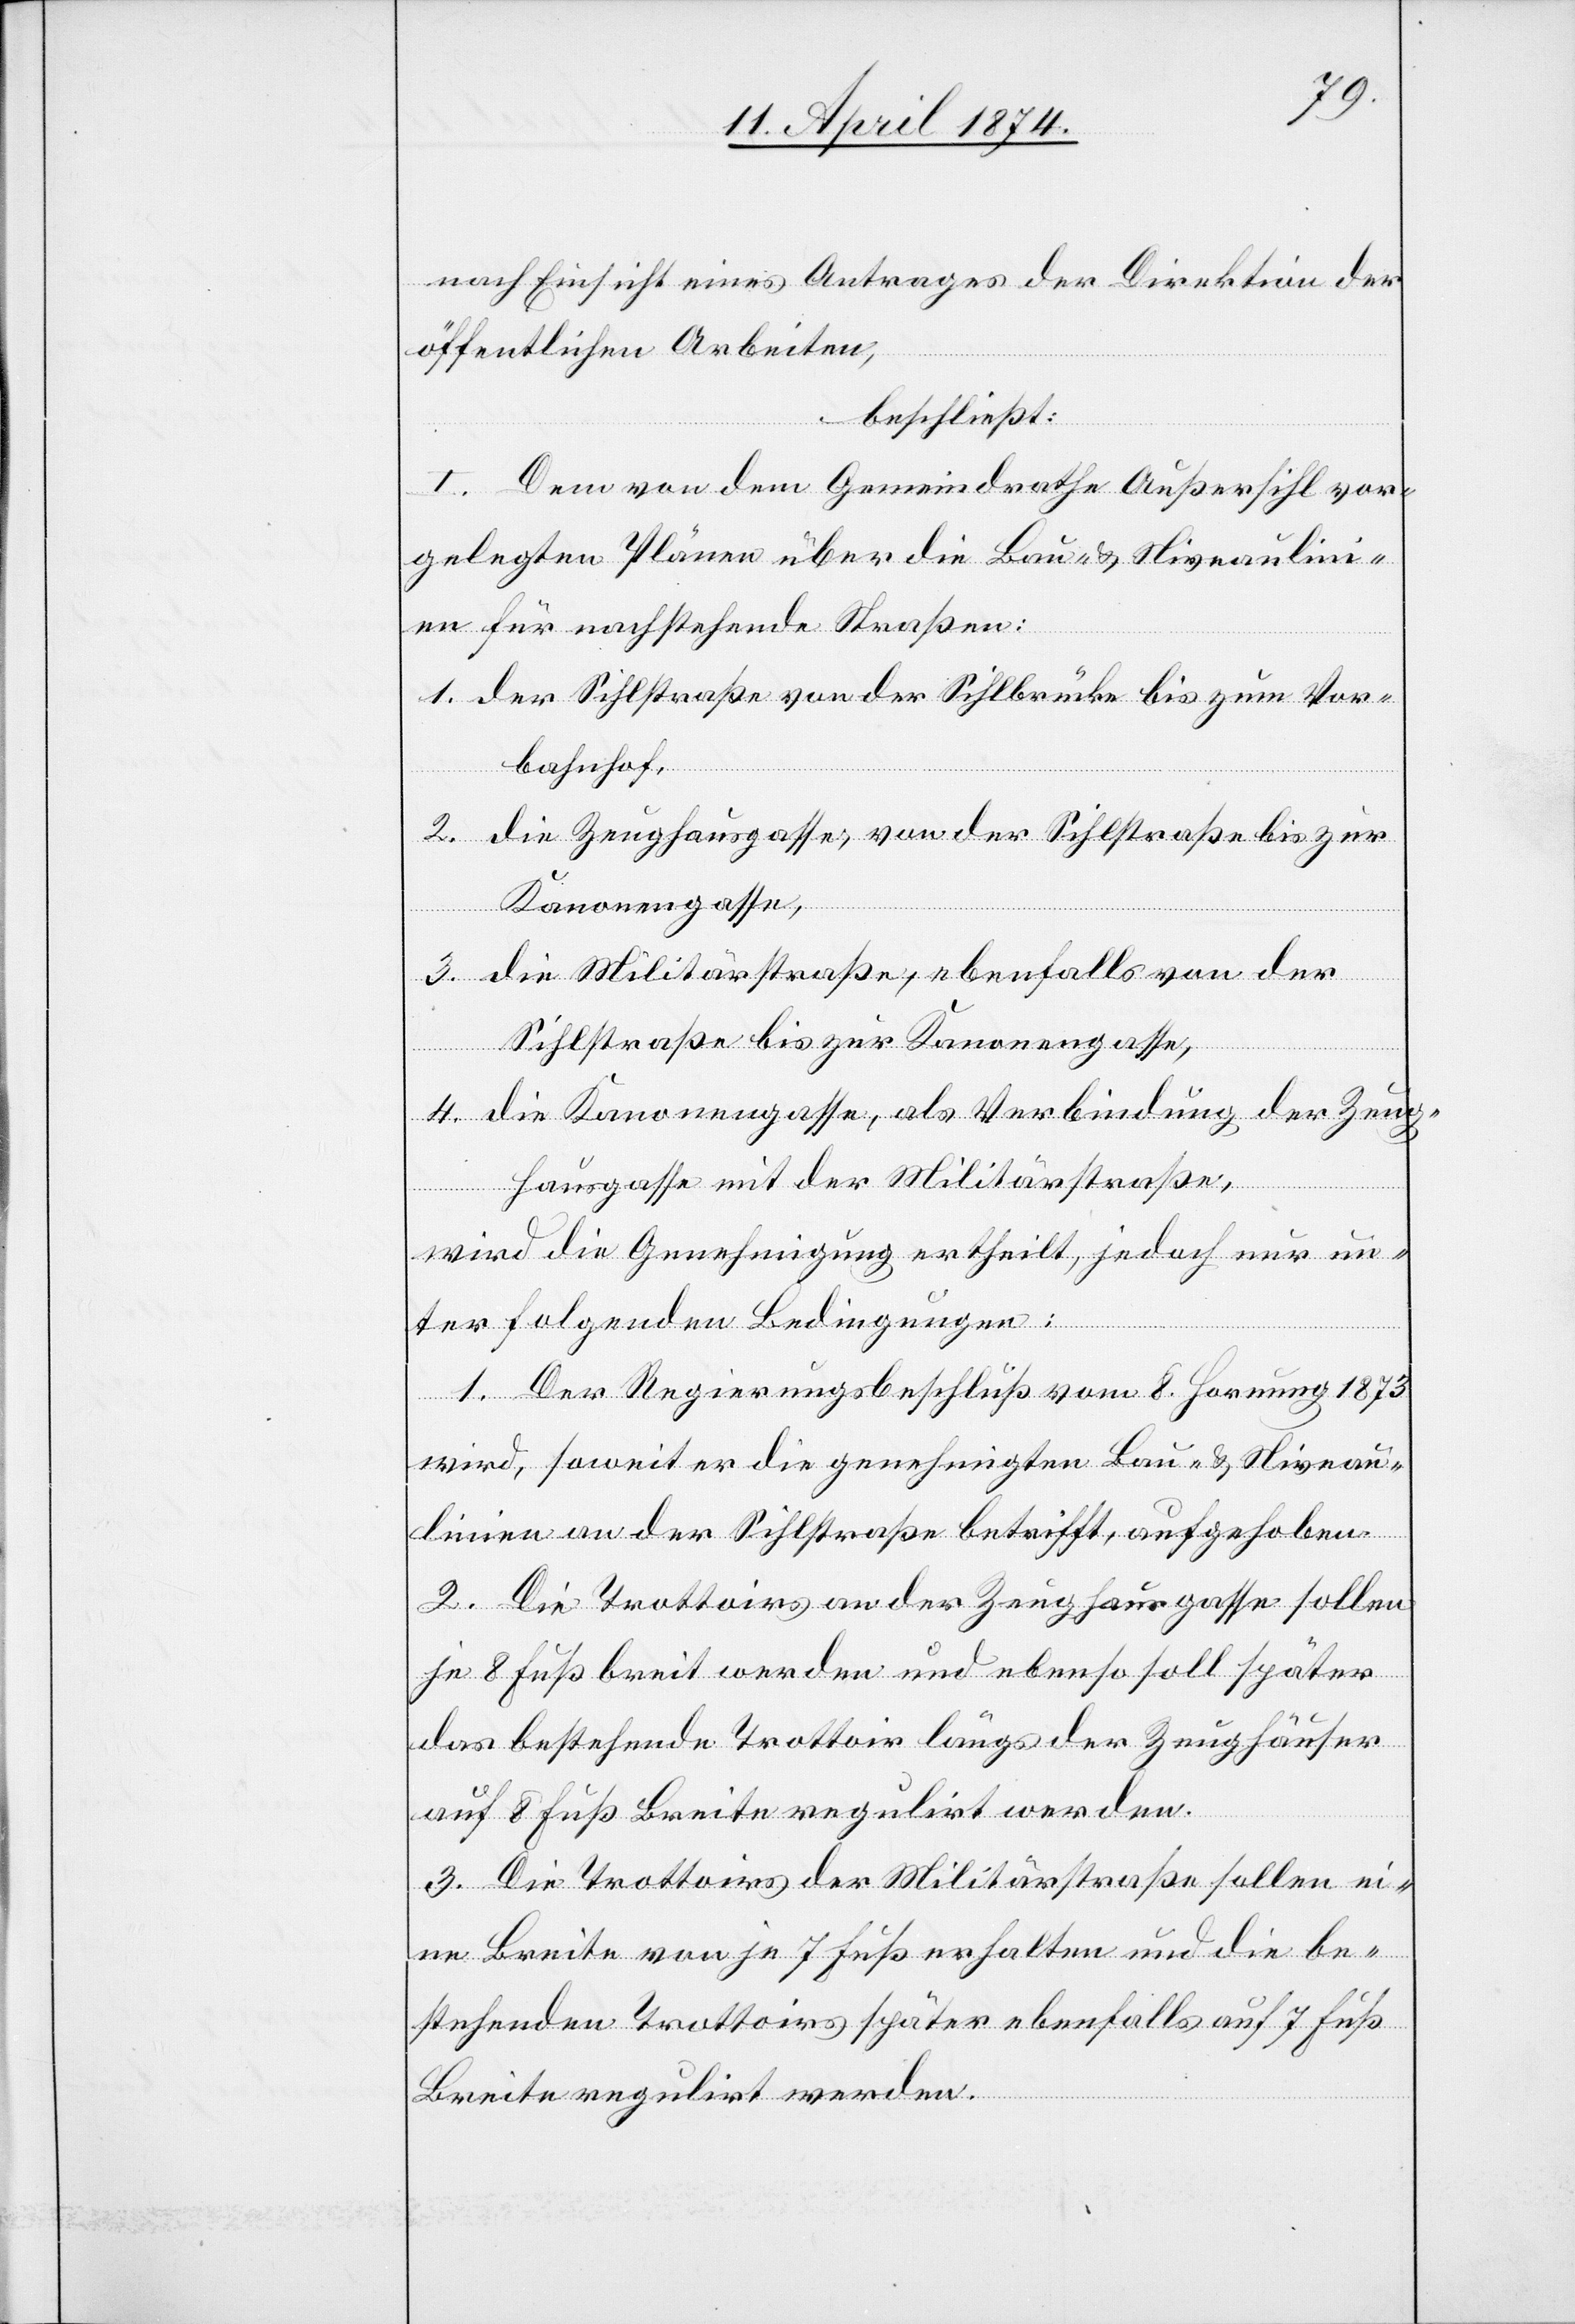
drathe Außersihl

nach Einsicht eines Antrages der Direktion der
vor¬
öffentlichen Arbeiten,
beschließt:
gelegten Plänen über die Bau- u. Niveaulini¬
en für nachstehende Straßen:
1. der Sihlstraße von der Sihlbrücke bis zum Vor¬
bahnhof,
2. die Zeughausgasse von der Sihlstraße bis zur
Kanonengasse,
3. die Militärstraße, ebenfalls von der
Sihlstraße bis zur Kanonengasse,
4. die Kanonengasse, als Verbindung der Zeug¬
hausgasse mit der Militärstraße,
wird die Genehmigung ertheilt, jedoch nur un¬
ter folgenden Bedingungen:
1. Der Regierungsbeschluß vom 8. Hornung 1873
wird, soweit er die genehmigten Bau- u. Niveau¬
linien an der Sihlstraße betrifft, aufgehoben.
2. Die Trottoirs an der Zeughausgasse sollen
je 8 Fuß breit werden und ebenso soll später
das bestehende Trottoir längs der Zeughäuser
auf 8 Fuß Breite regulirt werden.
3. Die Trottoirs der Militärstraße sollen ei¬
ne Breite von je 7 Fuß erhalten und die be¬
stehenden Trottoirs später ebenfalls auf 7 Fuß
Breite regulirt werden.